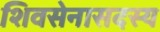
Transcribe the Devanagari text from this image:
शिवसेनासदस्य